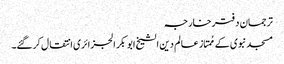
ترجمان دفترخارجہ
مسجد نبوی کے مُمتاز عالم دین الشیخ ابو بکر الجزائری انتقال کرگئے۔